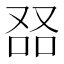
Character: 𠭎